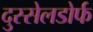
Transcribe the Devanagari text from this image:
दुस्सेलडोर्फ